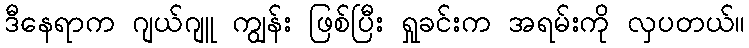
ဒီနေရာက ဂျယ်ဂျူ ကျွန်း ဖြစ်ပြီး ရှုခင်းက အရမ်းကို လှပတယ်။